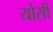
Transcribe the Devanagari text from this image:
योसी